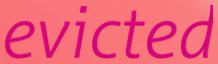
evicted